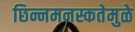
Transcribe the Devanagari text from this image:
छिन्नमनस्कतेमुळे